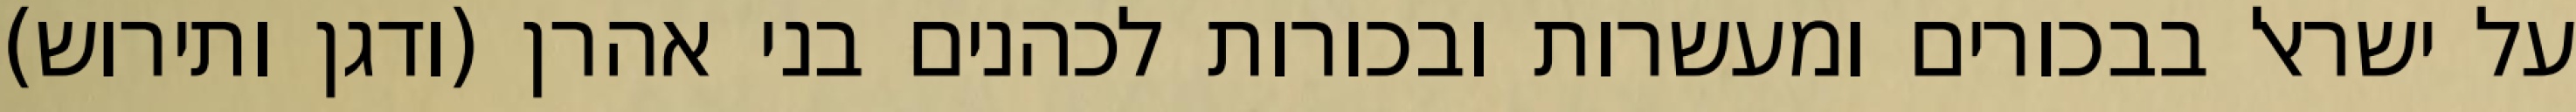
על ישראל בבכורים ומעשרות ובכורות לכהנים בני אהרן (ודגן ותירוש)